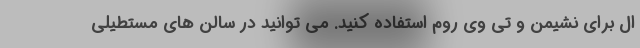
ال برای نشیمن و تی وی روم استفاده کنید. می توانید در سالن های مستطیلی